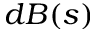
d B ( s )